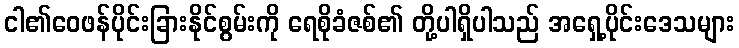
ငါ၏ဝေဖန်ပိုင်းခြားနိုင်စွမ်းကို ရေစိုခံဇစ်၏ တို့ပါရှိပါသည် အရှေ့ပိုင်းဒေသများ